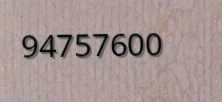
94757600